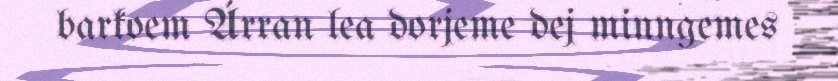
barkoem Árran lea dorjeme dej minngemes